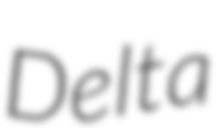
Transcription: Delta